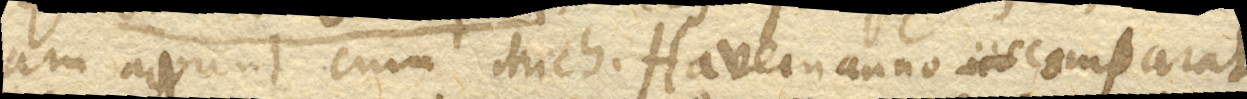
ram agunt cum Mich. Havemanno comparat,